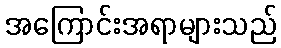
အကြောင်းအရာများသည်